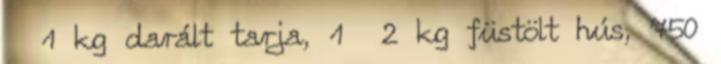
1 kg darált tarja, 1 2 kg füstölt hús, 750